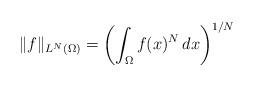
LaTeX: \begin{align*}\|f\|_{L^N(\Omega)}=\left(\int_\Omega f(x)^N\,dx\right)^{1/N}\end{align*}